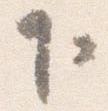
下